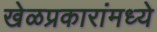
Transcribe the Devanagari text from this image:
खेळप्रकारांमध्ये